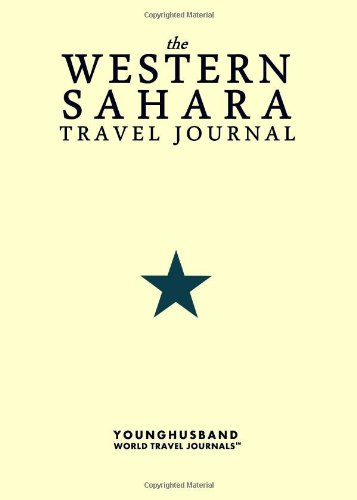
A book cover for The Western Sahara Travel Journal; Younghusband World Travel Journals; Travel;